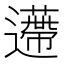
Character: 𨘬